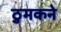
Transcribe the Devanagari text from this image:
ठुमकने